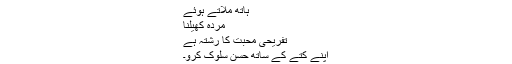
ہاتھ ملاتے ہوئے
مردہ کھیلنا
تفریحی محبت کا رشتہ ہے
اپنے کتے کے ساتھ حسن سلوک کرو۔